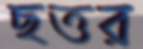
ছত্তর